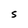
Character: S